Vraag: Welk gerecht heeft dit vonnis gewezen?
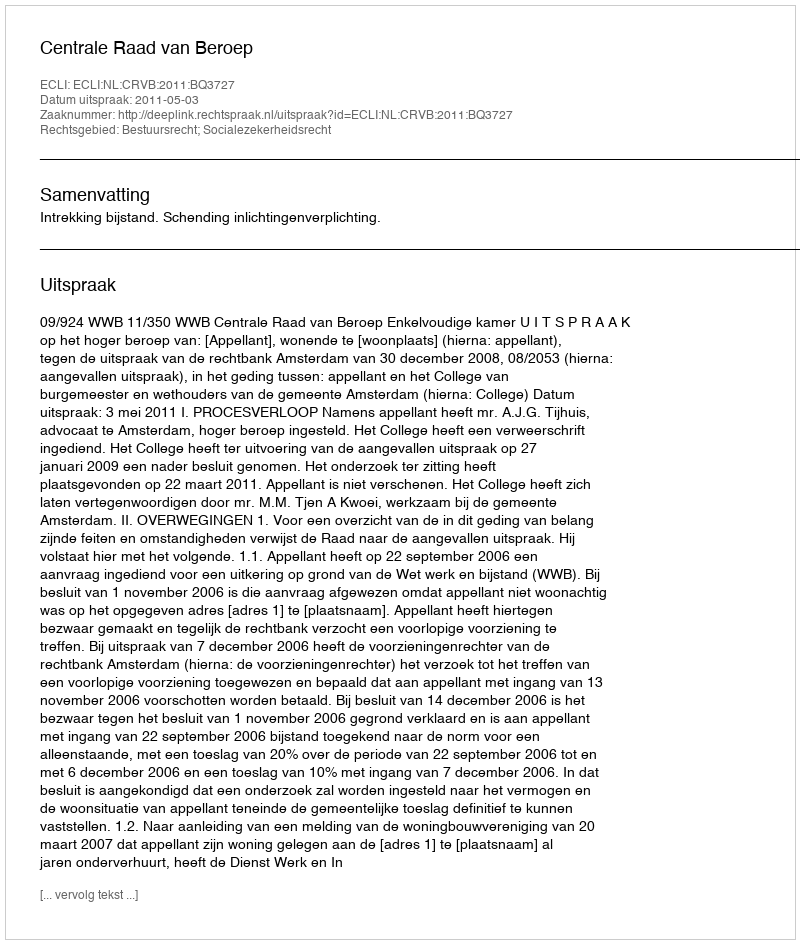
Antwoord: Centrale Raad van Beroep